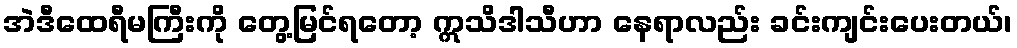
အဲဒီထေရီမကြီးကို တွေ့မြင်ရတော့ ဣသိဒါသီဟာ နေရာလည်း ခင်းကျင်းပေးတယ်၊